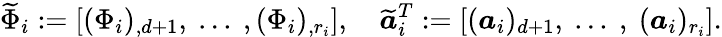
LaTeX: \widetilde{\Phi}_{i}:=\left[(\Phi_{i})_{,d+1},\mathrm{~}...\mathrm{~},\mathrm(\Phi_{i})_{,r_{i}}\right],\quad\widetilde{\boldsymbol{a}}_{i}^{T}:=\left[(\boldsymbol{a}_{i})_{d+1},\mathrm{~}...\mathrm{~},\mathrm{~}(\boldsymbol{a}_{i})_{r_{i}}\right].